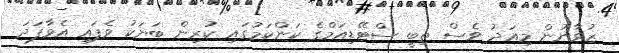
ޒުވާނުން މިއަދު ވެސް ތިބީ ސްޓޭޑިއަމްގެ ކަންކަމުގައި ކުރިން ބަޔަކު ވެފައި އެވާފަދަ